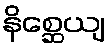
နိစ္ဆေယျ